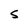
Character: S